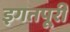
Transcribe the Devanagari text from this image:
इगतपूरी